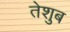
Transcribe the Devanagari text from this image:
तेशुब